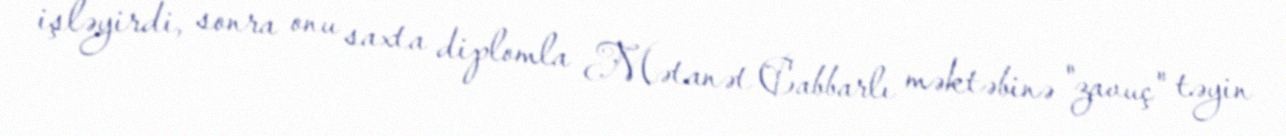
işləyirdi, sonra onu saxta diplomla Mətanət Cabbarlı məktəbinə "zavuç" təyin